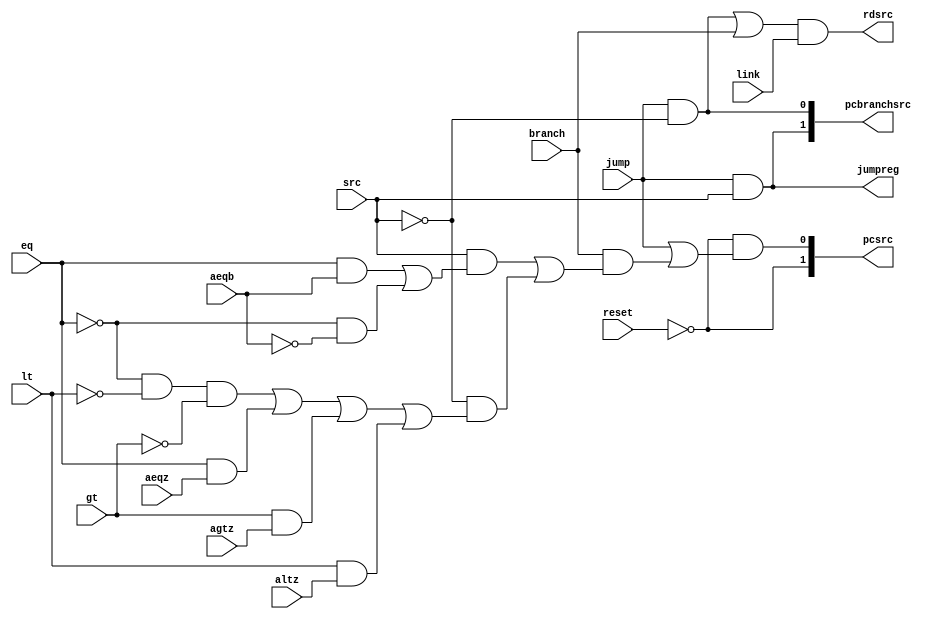
module br_control(input             reset, jump, branch,
                                          link, aeqz, aeqb, agtz, altz,
                        input             lt, gt, eq, src,
                        output            rdsrc, 
                        output      [1:0] pcsrc,
                        output      [1:0] pcbranchsrc,
                        output            jumpreg);

  
  wire abcompare = (eq & aeqb) | (~eq & ~aeqb);
  wire azcompare = (~eq & ~lt & ~gt) | (eq & aeqz) | (gt & agtz) | (lt & altz);

  
  assign  rdsrc = ((jump & ~src) | branch) & link;
  assign  jumpreg = jump & src;

  // pcsrc values
  // 2'b00 reset vector
  // 2'b01 interrupt vector
  // 2'b10 PC+4
  // 2'b11 branch
  assign pcsrc = {~reset, 
                        ~reset & (jump 
                        | (branch & ((src & abcompare) | (~src & azcompare))))};

  // pcbranchsrc
  // 2'b00 branch to pc+4 + offset
  // 2'b01 jump to register value
  // 2'b10 jump to immediate
  assign  pcbranchsrc = {jump & src, jump & ~src};

endmodule